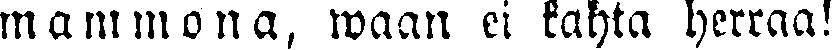
mammona, waan ei kahta herraa!